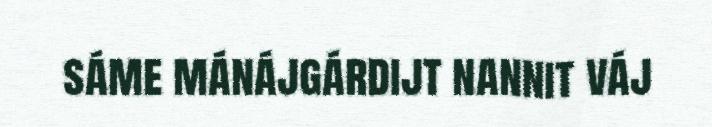
sáme mánájgárdijt nannit váj